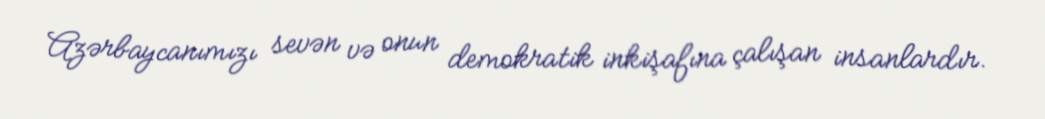
Azərbaycanımızı sevən və onun demokratik inkişafına çalışan insanlardır.